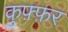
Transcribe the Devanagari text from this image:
कुफ़्फ़र